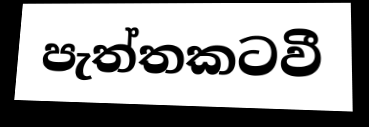
පැත්තකටවී